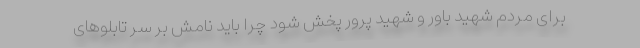
برای مردم شهید باور و شهید پرور پخش شود چرا باید نامش بر سر تابلوهای